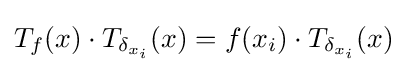
T_{f}(x)\cdot T_{\delta _{x_{i}}}(x)=f(x_{i})\cdot T_{\delta _{x_{i}}}(x)